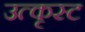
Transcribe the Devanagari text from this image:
उत्कृस्ट